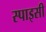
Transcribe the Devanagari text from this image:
स्पाइसी